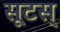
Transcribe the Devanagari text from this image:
सूटस्